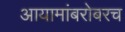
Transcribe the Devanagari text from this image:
आयामांबरोबरच